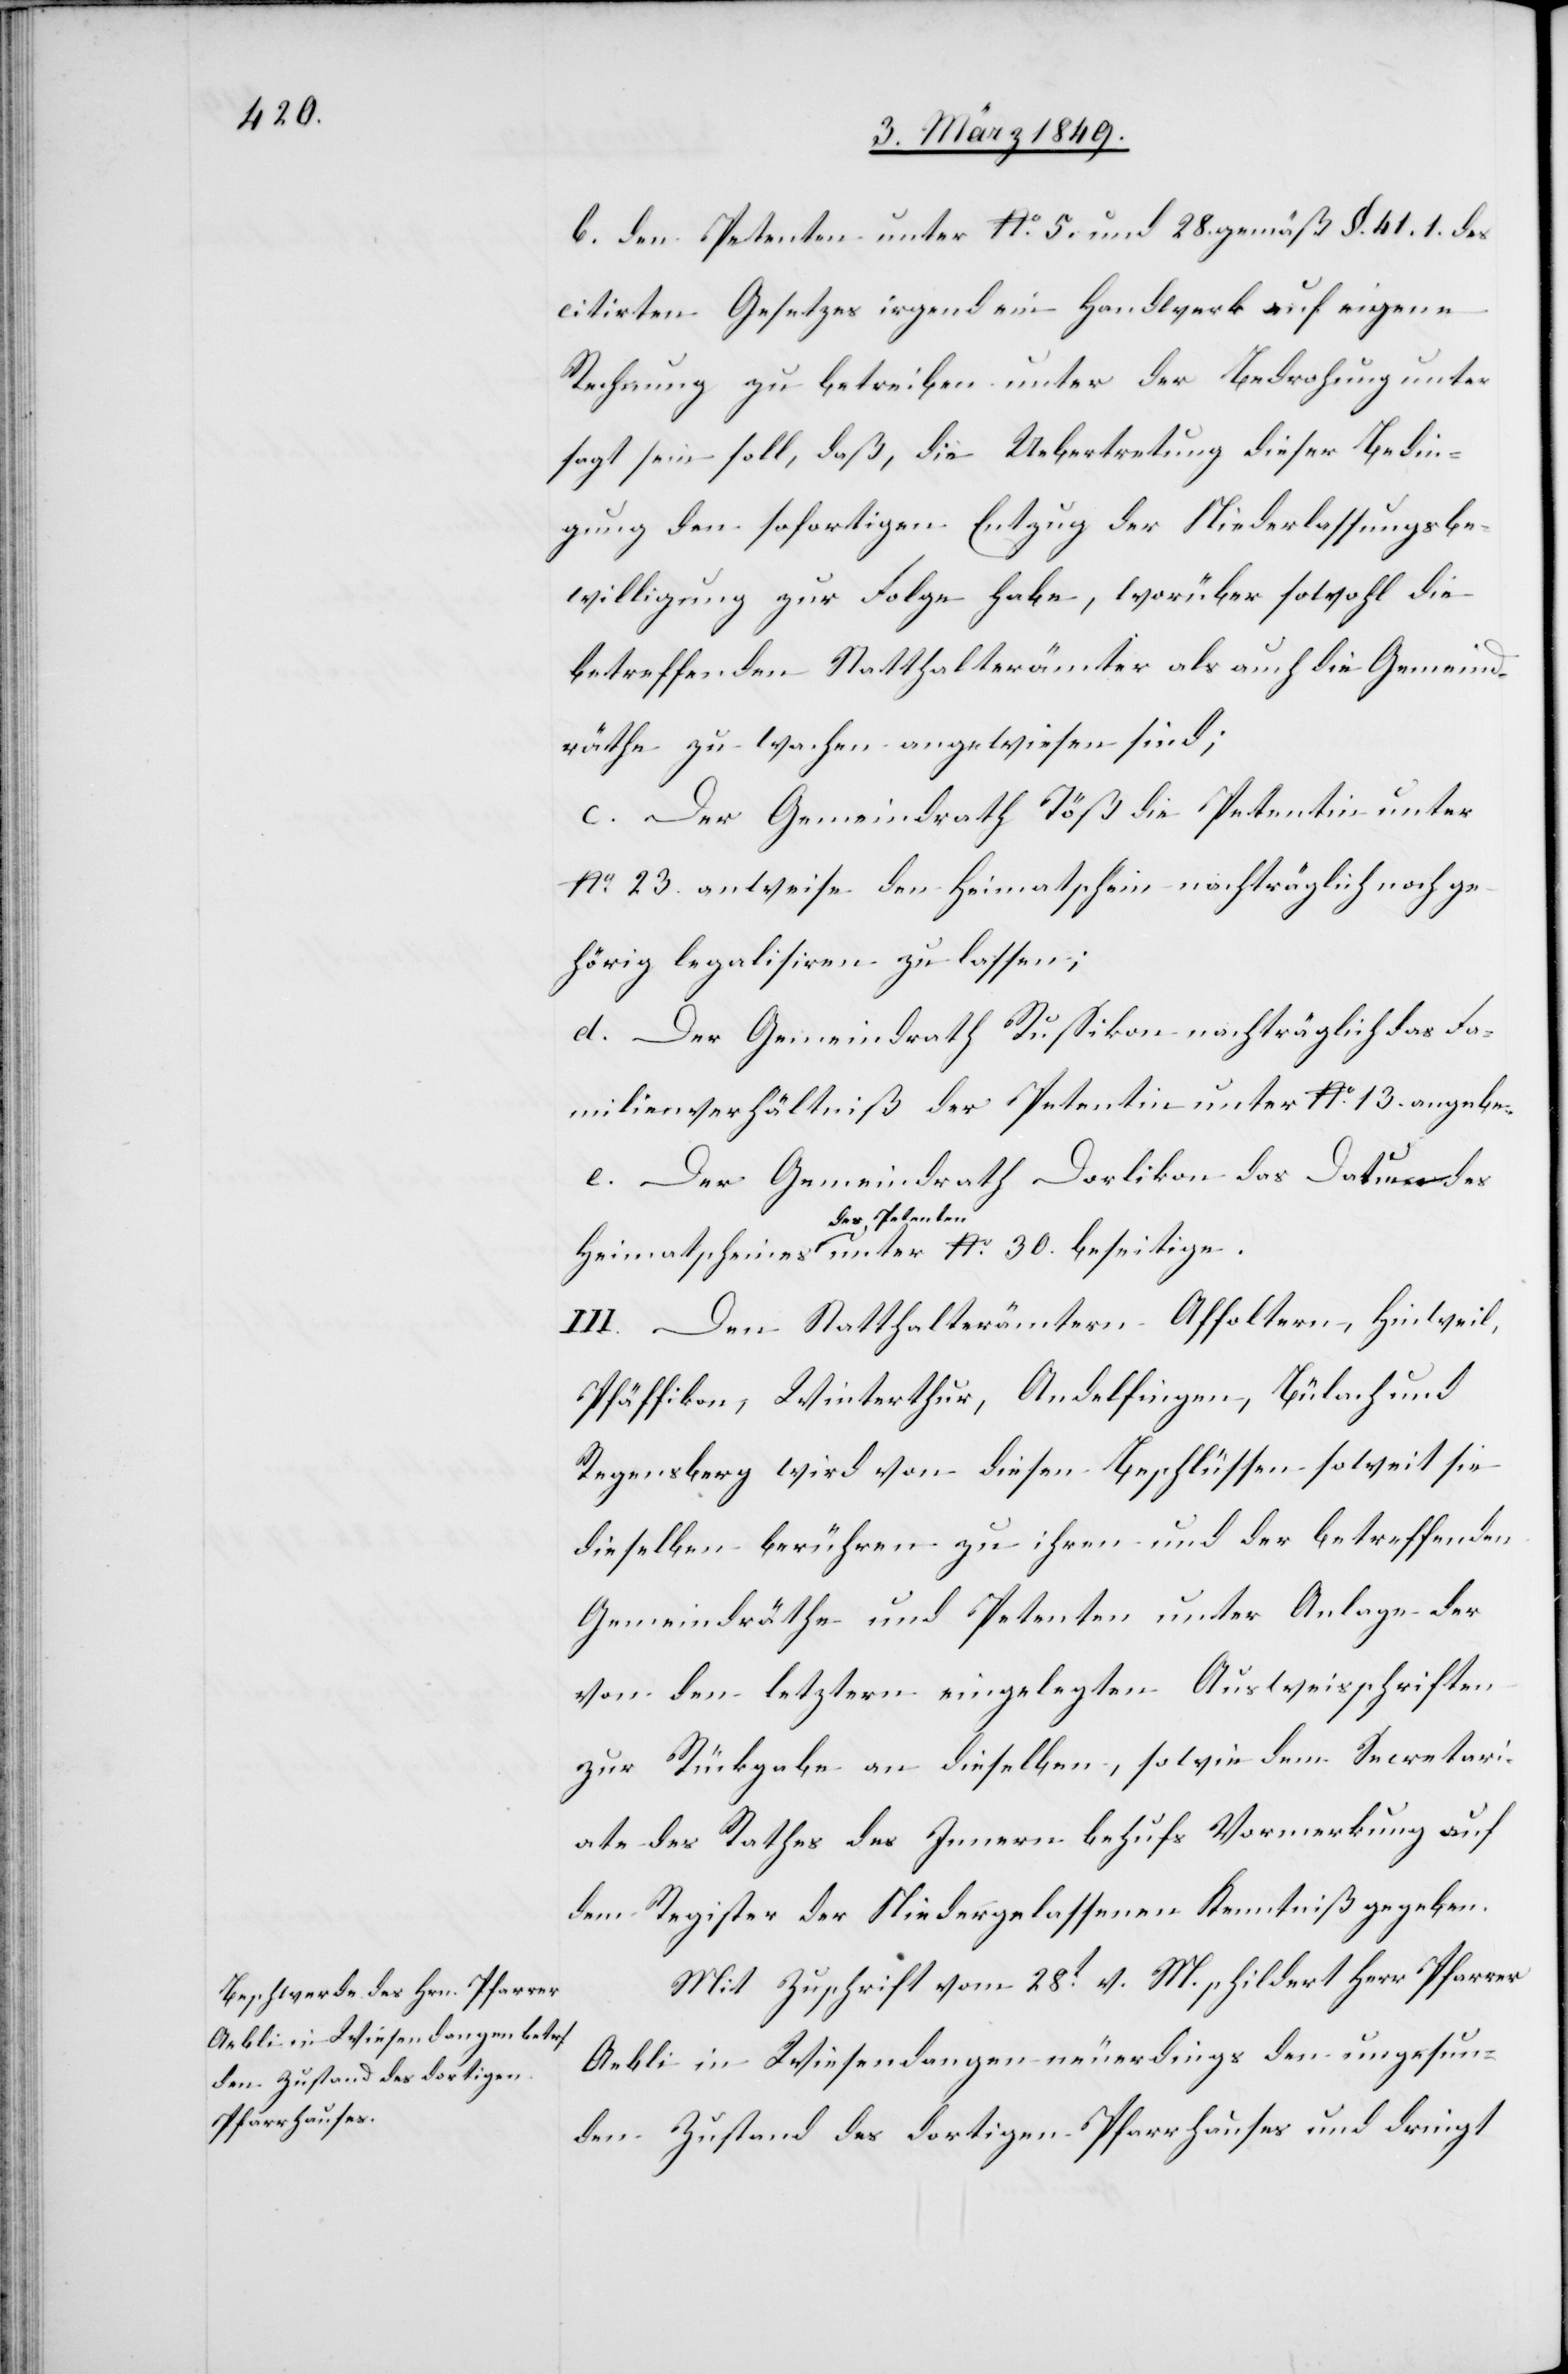
b. den Petenten unter No. 5. und 28. gemäß §. 41. 1. des
citirten Gesetzes irgend ein Handwerk auf eigene
beseitige.
Rechnung zu betreiben unter der Bedrohung unter
sagt sein soll, daß, die Uebertretung dieser Bedin¬
gung den sofortigen Entzug der Niederlassungsbe¬
willigung zur Folge habe, worüber sowohl die
30.
betreffenden Statthalterämter als auch die Gemeind¬
räthe zu wachen angewiesen sind;
c. Der Gemeindrath Töß die Petentin unter
No. 23. anweise den Heimatschein nachträglich noch ge¬
hörig legalisiren zu lassen;
d. Der Gemeindrath Russikon nachträglich das Fa¬
milienverhältniß der Petentin unter No. 13. angebe.
e. Der Gemeindrath Dorlikon das Datu[?m] des
des Petenten
III. Den Statthalterämtern Affoltern, Hinweil,
Pfäffikon, Winterthur, Andelfingen, Bülach und
Regensberg wird von diesen Beschlüssen soweit sie
dieselben berühren zu ihren und der betreffenden
Gemeindräthe und Petenten [Handen] unter Anlage der
von den letztern eingelegten Ausweisschriften
zur Rückgabe an dieselben, sowie dem Secretari¬
ate des Rathes des Innern behufs Vormerkung auf
dem Register der Niedergelassenen Kenntniß gegeben.
Mit Zuschrift vom 28t. v. M. schildert Herr Pfarrer
Aebli in Wiesendangen neuerdings den ungesun¬
den Zustand des dortigen Pfarrhauses und dringt